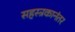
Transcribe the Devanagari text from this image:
सहस्त्रकानंतर